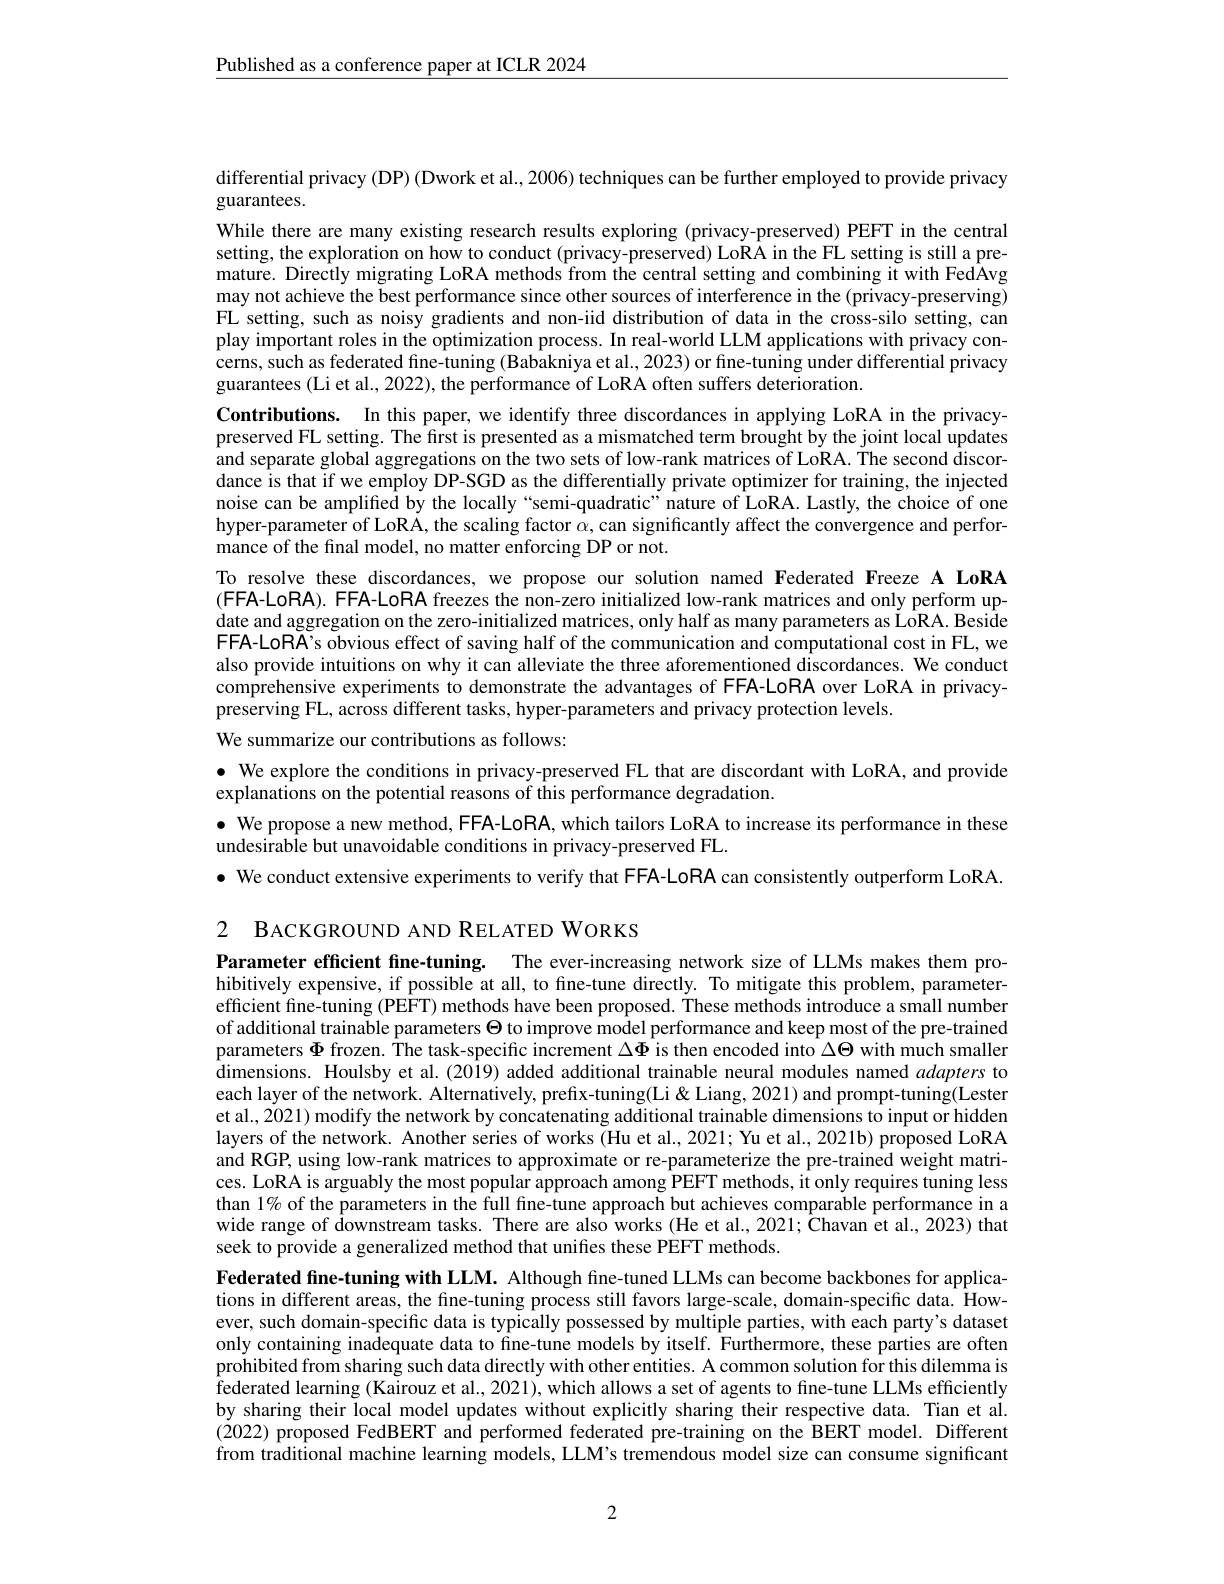
$\underline{\text{Published as a conference paper at ICLR 2024}}$

differential privacy (DP) (Dwork et al., 2006) techniques can be further employed to provide privacy
guarantees.
While there are many existing research results exploring (privacy-preserved) PEFT in the central setting, the exploration on how to conduct (privacy-preserved) LoRA in the FL setting is still a premature. Directly migrating LoRA methods from the central setting and combining it with FedAvg may not achieve the best performance since other sources of interference in the (privacy-preserving) FL setting, such as noisy gradients and non-iid distribution of data in the cross-silo setting, can play important roles in the optimization process. In real-world LLM applications with privacy concerns, such as federated fine-tuning (Babakniya et al., 2023) or fine-tuning under differential privacy guarantees (Li et al., 2022), the performance of LoRA often suffers deterioration.
Contributions. In this paper, we identify three discordances in applying LoRA in the privacypreserved FL setting. The first is presented as a mismatched term brought by the joint local updates and separate global aggregations on the two sets of low-rank matrices of LoRA. The second discordance is that if we employ DP-SGD as the differentially private optimizer for training, the injected noise can be amplified by the locally“semi-quadratic”nature of LoRA. Lastly, the choice of one hyper-parameter of LoRA, the scaling factor $\alpha$, can significantly affect the convergence and performance of the final model, no matter enforcing DP or not.
To resolve these discordances, we propose our solution named Federated Freeze A LoRA (FFA-LoRA). FFA-LoRA freezes the non-zero initialized low-rank matrices and only perform update and aggregation on the zero-initialized matrices, only half as many parameters as LôRA. Beside FFA-LoRA's obvious effect of saving half of the communication and computational cost in FL, we also provide intuitions on why it can alleviate the three aforementioned discordances. We conduct comprehensive experiments to demonstrate the advantages of FFA-LoRA over LoRA in privacypreserving FL, across different tasks, hyper-parameters and privacy protection levels.
We summarize our contributions as follows:
· We explore the conditions in privacy-preserved FL that are discordant with LoRA, and provide
explanations on the potential reasons of this performance degradation.

$\bullet$ We propose a new method, FFA-LoRA, which tailors LoRA to increase its performance in these
undesirable but unavoidable conditions in privacy-preserved FL.
$\bullet$ We conduct extensive experiments to verify that FFA-LoRA can consistently outperform LoRA.

2 BACKGROUND AND RELATED WORKS

Parameter efficient fine-tuning. The ever-increasing network size of LLMs makes them prohibitively expensive, if possible at all, to fine-tune directly. To mitigate this problem, parameterefficient fine-tuning (PEFT) methods have been proposed. These methods introduce a small number of additional trainable parameters $\Theta$ to improve model performance and keep most of the pre-trained parameters $\Phi$ frozen. The task-specific increment $\Delta\Phi$ is then encoded into $\Delta\Theta$ with much smaller dimensions. Houlsby et al.(2019) added additional trainable neural modules named adapters to each layer of the network. Alternatively, prefix-tuning(Li&Liang, 2021) and prompt-tuning(Lester et al., 2021) modify the network by concatenating additional trainable dimensions to input or hidden layers of the network. Another series of works (Hu et al., 2021; Yu et al., 2021b) proposed LoRA and RGP, using low-rank matrices to approximate or re-parameterize the pre-trained weight matrices. LoRA is arguably the most popular approach among PEFT methods, it only requires tuning less than 1% of the parameters in the full fine-tune approach but achieves comparable performance in a wide range of downstream tasks. There are also works (He et al., 2021; Õhavan et al., 2023) that seek to provide a generalized method that unifies these PEFT methods.

Federated fine-tuning with LLM. Although fine-tuned LLMs can become backbones for applications in different areas, the fine-tuning process still favors large-scale, domain-specific data. However, such domain-specific data is typically possessed by multiple parties, with each party's dataset only containing inadequate data to fine-tune models by itself. Furthermore, these parties are often prohibited from sharing such data directly with other entities. A common solution for this dilemma is federated learning (Kairouz et al., 2021), which allows a set of agents to fine-tune LLMs efficiently by sharing their local model updates without explicitly sharing their respective data. Tian et al. (2022) proposed FedBERT and performed federated pre-training on the BERT model. Different from traditional machine learning models, LLM's tremendous model size can consume significant

2